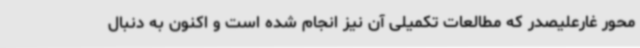
محور غارعلیصدر که مطالعات تکمیلی آن نیز انجام شده است و اکنون به دنبال